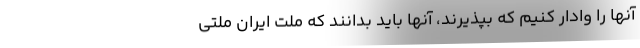
آنها را وادار کنیم که بپذیرند، آنها باید بدانند که ملت ایران ملتی